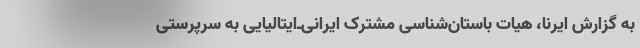
به گزارش ایرنا، هیات باستان‌شناسی مشترک ایرانی‌ـ‌ایتالیایی به سرپرستی